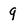
Character: q